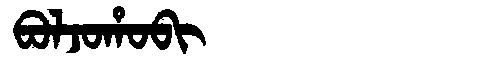
Manchu: ᠪᠣᠯᠵᠣᡥᠣᠪᡳ
Romanization: BOLJOHOBI